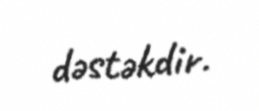
dəstəkdir.